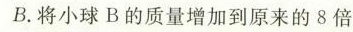
B.将小球B的质量增加到原来的8倍